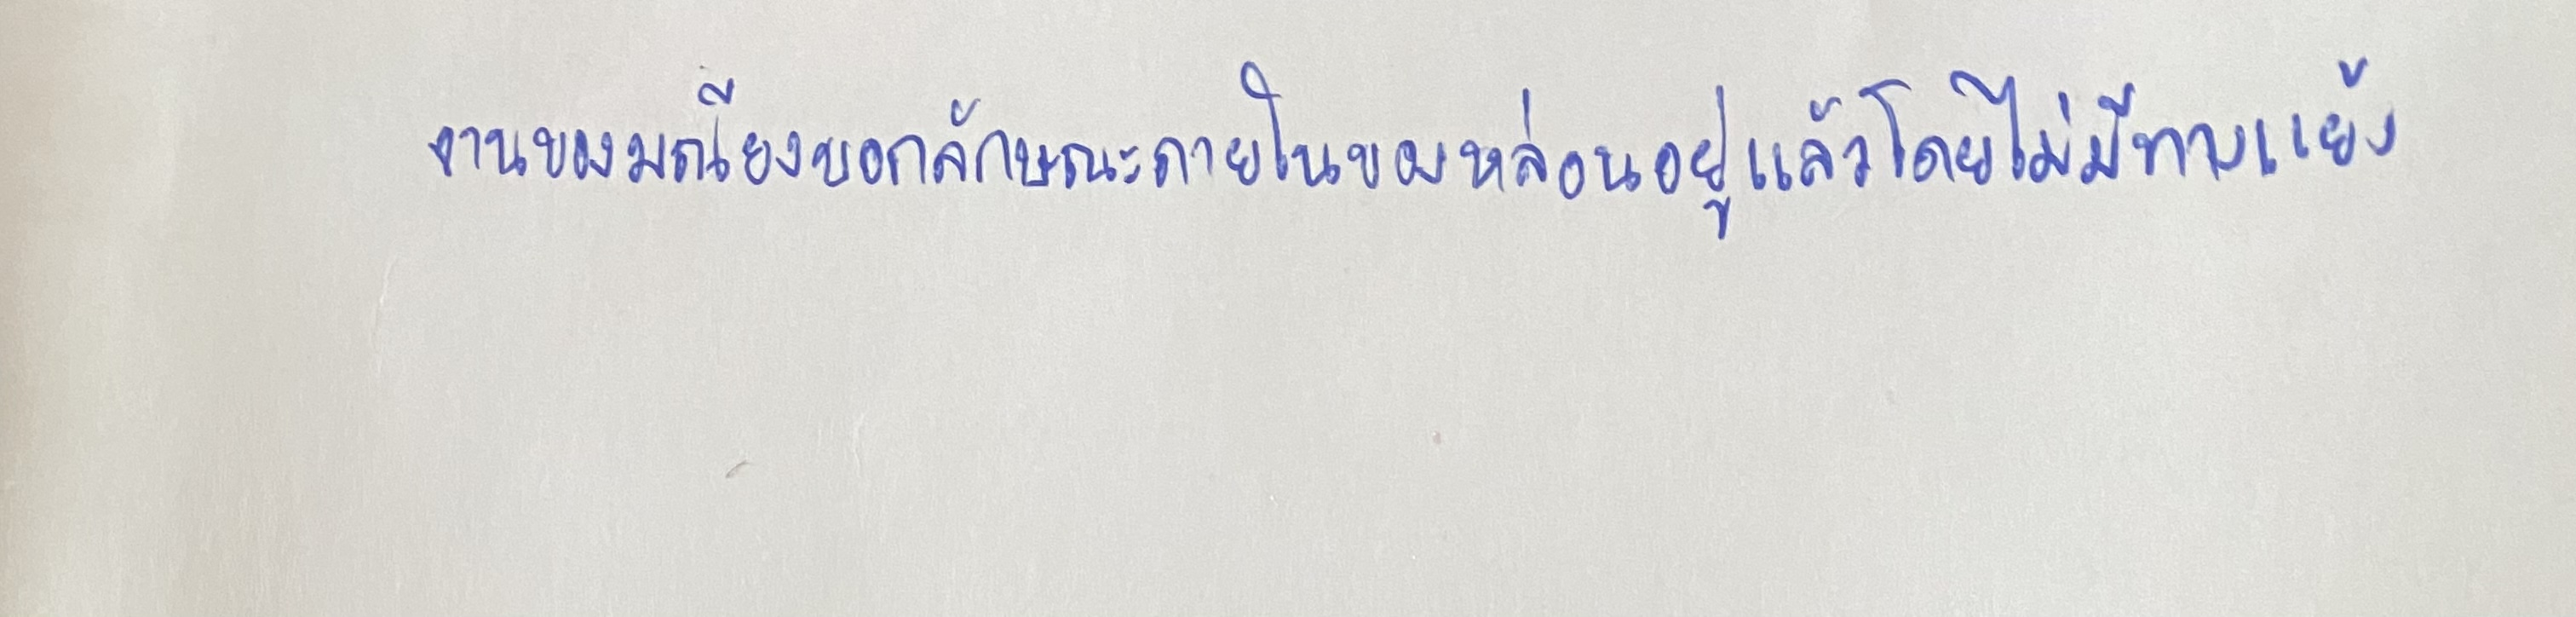
งานของมณียงบอกลักษณะภายในของหล่อนอยู่แล้วโดยไม่มีทางแย้ง